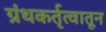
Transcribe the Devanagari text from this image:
ग्रंथकर्तृत्वातून